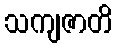
သကျဇာတိ